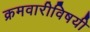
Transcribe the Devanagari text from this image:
क्रमवारीविषयी